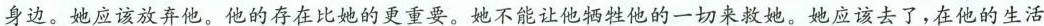
身边。她应该放弃他。他的存在比她的更重要。她不能让他牺牲他的一切来救她。她应该去了，在他的生活